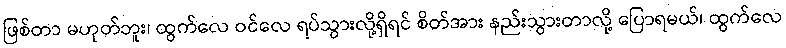
ဖြစ်တာ မဟုတ်ဘူး၊ ထွက်လေ ဝင်လေ ရပ်သွားလို့ရှိရင် စိတ်အား နည်းသွားတာလို့ ပြောရမယ်၊ ထွက်လေ